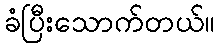
ခံပြီးသောက်တယ်။